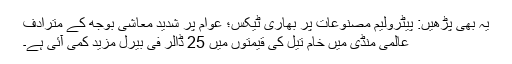
یہ بھی پڑھیں: پیٹرولیم مصنوعات پر بھاری ٹیکس؛ عوام پر شدید معاشی بوجھ کے مترادف
عالمی منڈی میں خام تیل کی قیمتوں میں 25 ڈالر فی بیرل مزید کمی آئی ہے۔